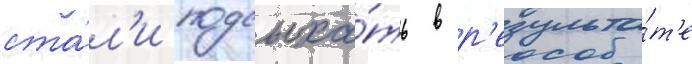
ста́л'и подсыха́ть в р'езульта́т'е